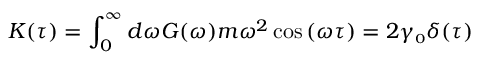
K ( \tau ) = \int _ { 0 } ^ { \infty } d \omega G ( \omega ) m \omega ^ { 2 } \cos { ( \omega \tau ) } = 2 \gamma _ { \scriptscriptstyle 0 } \delta ( \tau )